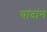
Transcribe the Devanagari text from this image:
यांदांग